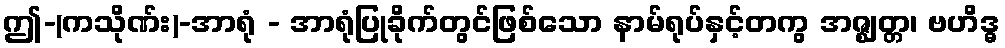
ဤ-(ကသိုဏ်း)-အာရုံ - အာရုံပြုခိုက်တွင်ဖြစ်သော နာမ်ရုပ်နှင့်တကွ အဇ္ဈတ္တ၊ ဗဟိဒ္ဓ